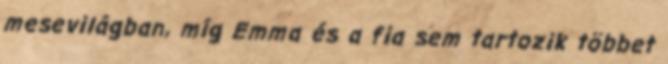
mesevilágban, míg Emma és a fia sem tartozik többet